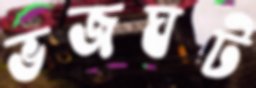
ভজঘট